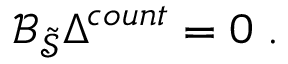
\mathcal { B } _ { \widetilde { \mathcal { S } } } \Delta ^ { c o u n t } = 0 \; .